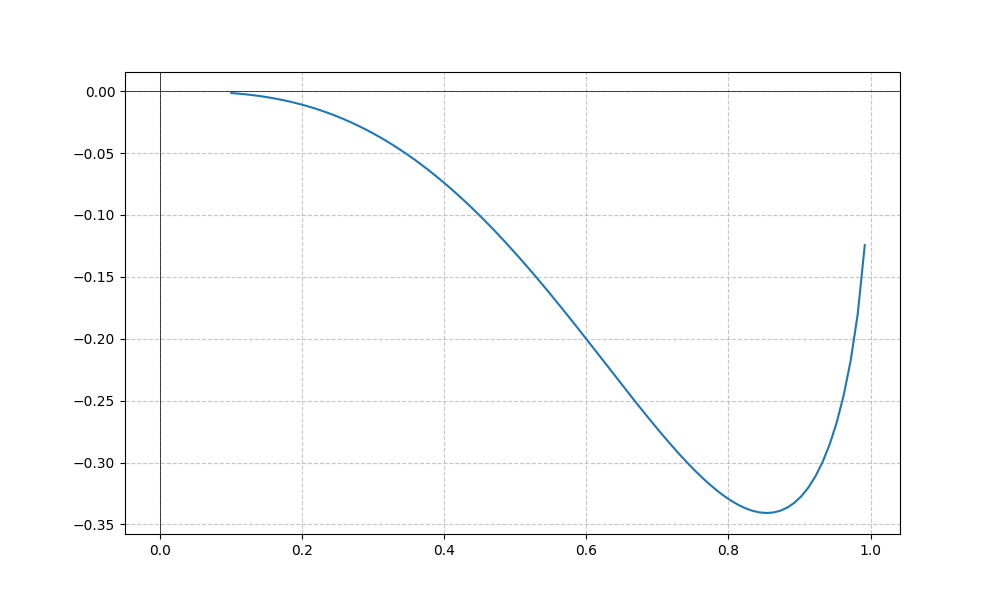
LaTeX formula: - x^{3} \operatorname{acos}{\left(x \right)}